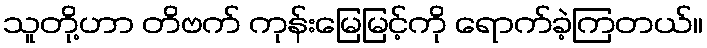
သူတို့ဟာ တိဗက် ကုန်းမြေမြင့်ကို ရောက်ခဲ့ကြတယ်။